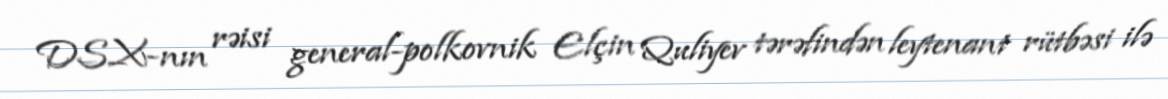
DSX-nın rəisi general-polkovnik Elçin Quliyev tərəfindən leytenant rütbəsi ilə